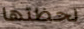
لحظتها